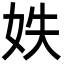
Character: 妷